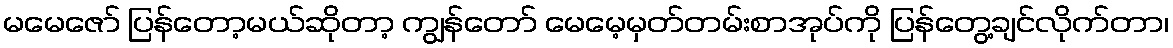
မမေဇော် ပြန်တော့မယ်ဆိုတာ့ ကျွန်တော် မေမေ့မှတ်တမ်းစာအုပ်ကို ပြန်တွေ့ချင်လိုက်တာ၊